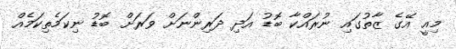
މިއީ އޭގެ ޒާތުގައި ނުރައްކާ ބޮޑު އަދި ދަރިންނަށް ވަރަށް ބޮޑު ނިކަމެތިކަމެއް